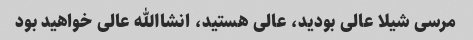
مرسی شیلا عالی بودید، عالی هستید، انشاالله عالی خواهید بود